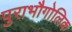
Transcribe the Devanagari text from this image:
पुराभौगोलिक